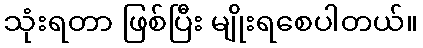
သုံးရတာ ဖြစ်ပြီး မျိုးရစေပါတယ်။